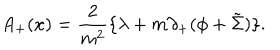
A _ { + } ( x ) = \frac { 2 } { m ^ { 2 } } \{ { \lambda } + m { \partial } _ { + } ( { \phi } + \tilde { \Sigma } ) \} .